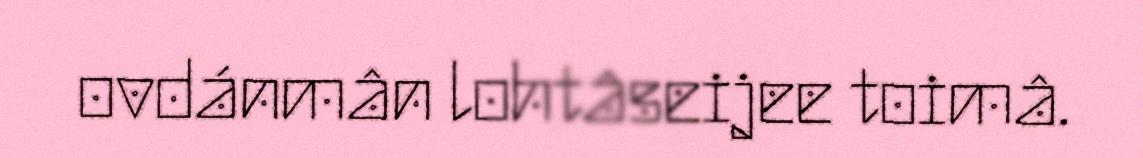
ovdánmân lohtâseijee toimâ.